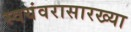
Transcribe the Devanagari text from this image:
स्वयंवरासारख्या